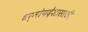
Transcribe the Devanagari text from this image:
धर्मोपदेशासाठी